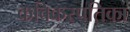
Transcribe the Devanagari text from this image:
कविकरपतिका